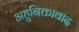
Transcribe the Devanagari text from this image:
अहुनिक्तावाद